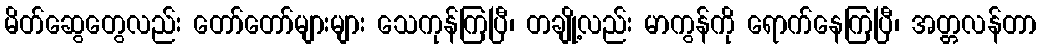
မိတ်ဆွေတွေလည်း တော်တော်များများ သေကုန်ကြပြီ၊ တချို့လည်း မာကွန်ကို ရောက်နေကြပြီ၊ အတ္တလန်တာ